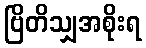
ဗြိတိသျှအစိုးရ